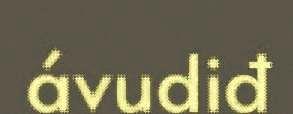
ávudiđ